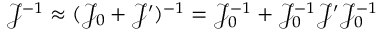
\mathcal J ^ { - 1 } \approx ( \mathcal J _ { 0 } + \mathcal J ^ { \prime } ) ^ { - 1 } = \mathcal J _ { 0 } ^ { - 1 } + \mathcal J _ { 0 } ^ { - 1 } \mathcal J ^ { \prime } \mathcal J _ { 0 } ^ { - 1 }